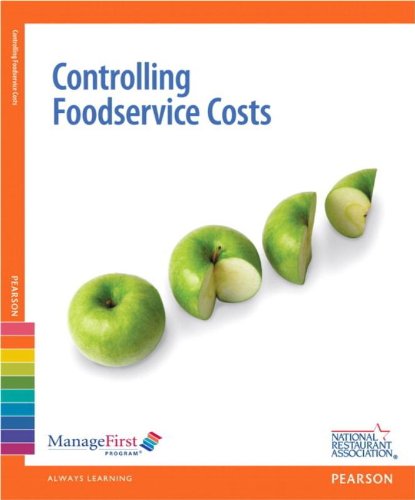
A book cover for Controlling Foodservice Costs with Answer Sheet, ManageFirst Program, 2nd Edition; National Restaurant Association; Cookbooks, Food & Wine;